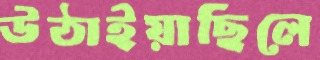
উঠাইয়াছিলে